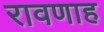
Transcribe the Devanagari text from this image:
रावणाह